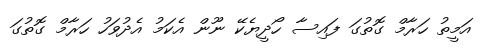
އަމީތު ހަރާމް ގޮތުގަ ފައިސާ ހޯދީޔެކޭ ނޫން އެކަމު އެދުވަހު ހަރާމް ގޮތުގަ